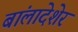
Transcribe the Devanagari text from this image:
बांलादेशेर